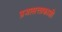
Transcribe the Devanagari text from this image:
प्रजासत्ताकाशी